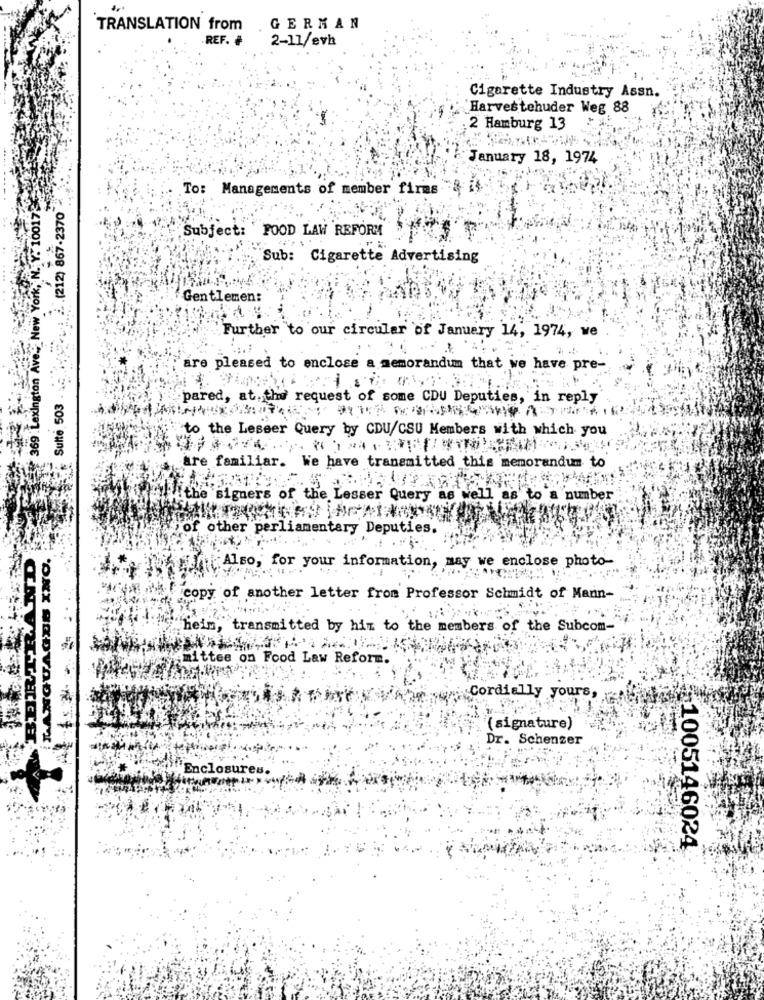
TRANSLATION from
GERMAN
REF. #
2-11/evh
Cigarette Industry Assn.
Harvestehuder Weg 88
2 Hamburg 13
January 18, 1974
# 369 Lexington Avec New York, N. Y. 100173
To: Managements of member firms
.(212) 867-2370
Subject: FOOD LAW REFORM
Sub: Cigarette Advertising
Gentlemen:
Further "to our circular of January 14, 1974, we
are pleased to enclose a memorandum that we have pre-
Sulte 503
pared, at,the request of some CDU Deputies, in reply
"to the Lesser Query by CDU/CSU Members with which you
are familiar. We have transmitted this memorandum to
the signers of the Lesser Query as well as to a number
viof other parliamentary Deputies.
WE Also, for your information, may we enclose photo-
copy of another letter from Professor Schmidt of Mann-
heim, transmitted by him to the members of the Subcom-
mittee on Food Law Reform.
Cordially yours,
(signature)
ONI SEDVAONVT
Dr. Schenzer
1005146024